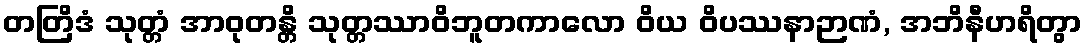
တတြိဒံ သုတ္တံ အာဝုတန္တိ သုတ္တဿာဝိဘူတကာလော ဝိယ ဝိပဿနာဉာဏံ, အဘိနီဟရိတွာ